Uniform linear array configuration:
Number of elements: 48
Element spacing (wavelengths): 1
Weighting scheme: kaiser
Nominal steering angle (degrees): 0
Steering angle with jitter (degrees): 0.8341
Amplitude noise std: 0.05
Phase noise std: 0.05

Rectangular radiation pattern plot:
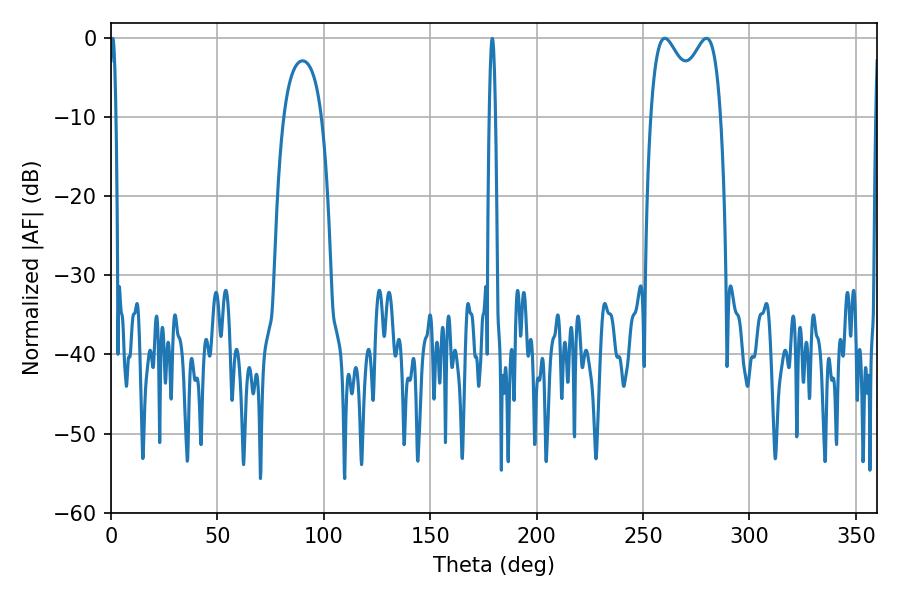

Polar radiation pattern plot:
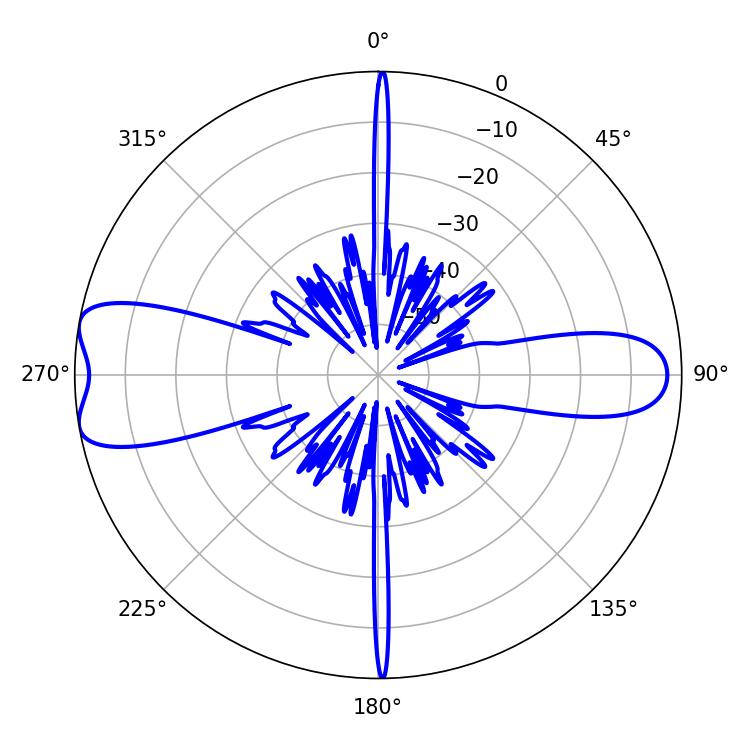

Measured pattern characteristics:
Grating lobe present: TRUE
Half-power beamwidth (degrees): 27.72
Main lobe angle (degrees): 260.28